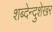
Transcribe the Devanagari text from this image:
शब्देन्दुशेखर